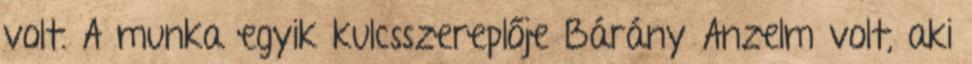
volt. A munka egyik kulcsszereplője Bárány Anzelm volt, aki